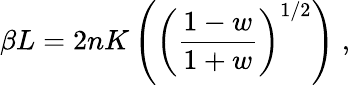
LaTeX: \beta L=2nK\left(\left(\frac{1-w}{1+w}\right)^{1/2}\right)\; ,